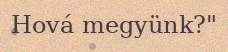
Hová megyünk?"